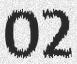
02